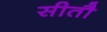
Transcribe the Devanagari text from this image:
सीतौ